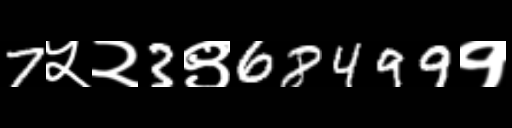
Text: 7५२3९68499१